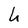
Character: h